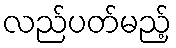
လည်ပတ်မည့်